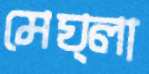
মেঘ্লা